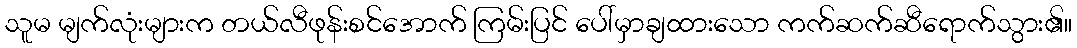
သူမ မျက်လုံးများက တယ်လီဖုန်းစင်အောက် ကြမ်းပြင် ပေါ်မှာချထားသော ကက်ဆက်ဆီရောက်သွား၏။